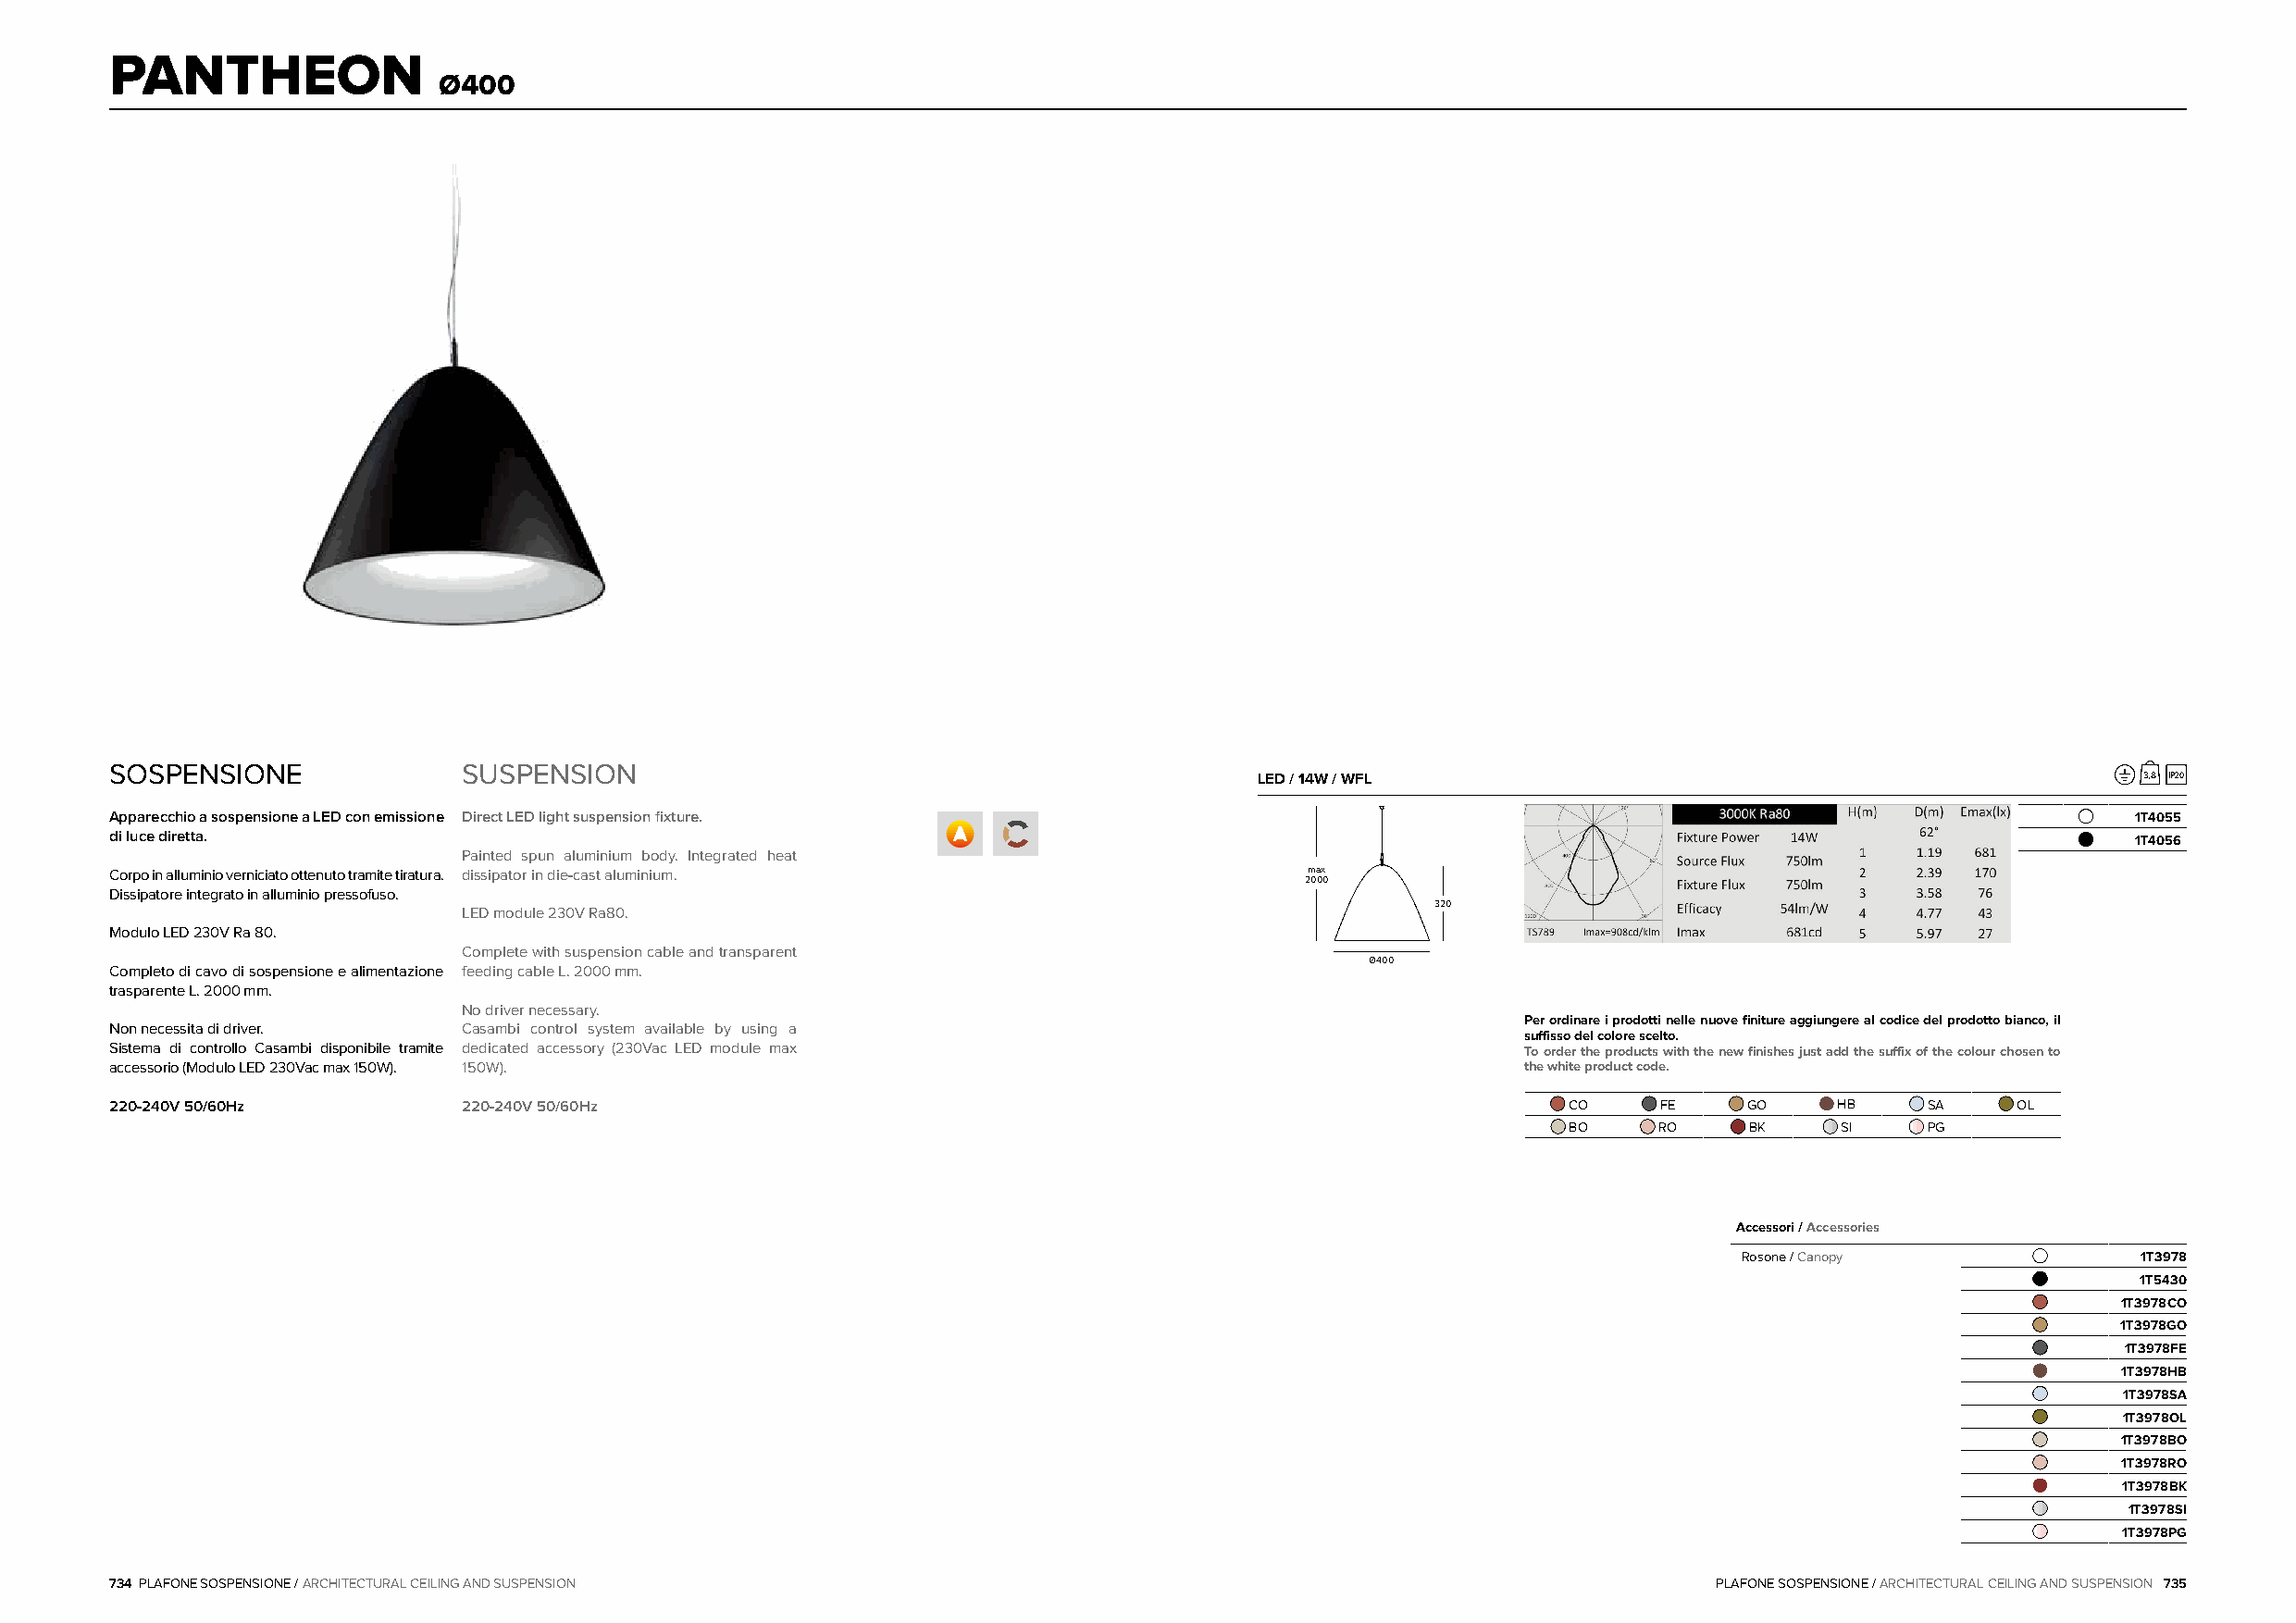
PANTHEON
 Ø400
 SOSPENSIONE              SUSPENSION
 LED / 14W / WFL                                                3,8 IP20
 Apparecchio a sospensione a LED con emissione Direct LED light suspension fixture.                                                               1T4055
 di luce diretta.                                                                                                                                 1T4056
 Painted spun aluminium body. Integrated heat
 Corpo in alluminio verniciato ottenuto tramite tiratura. dissipator in die-cast aluminium. max
 2000
 Dissipatore integrato in alluminio pressofuso.
 320
 LED module 230V Ra80.
 Modulo LED 230V Ra 80.
 Complete with suspension cable and transparent
 Ø400
 Completo di cavo di sospensione e alimentazione feeding cable L. 2000mm.
 trasparente L. 2000mm.
 No driver necessary.
 Per ordinare i prodotti nelle nuove finiture aggiungere al codice del prodotto bianco, il
 Non necessita di driver. Casambi control system available by using a
 suffisso del colore scelto.
 Sistema di controllo Casambi disponibile tramite dedicated accessory (230Vac LED module max          To order the products with the new finishes just add the suffix of the colour chosen to
 accessorio (Modulo LED 230Vac max 150W). 150W).                                                      the white product code.
 220-240V 50/60Hz         220-240V 50/60Hz                                                               CO     FE    GO    HB     SA    OL
 BO     RO    BK     SI    PG
 Accessori / Accessories
 Rosone / Canopy             1T3978
 1T5430
 1T3978CO
 1T3978GO
 1T3978FE
 1T3978HB
 1T3978SA
 1T3978OL
 1T3978BO
 1T3978RO
 1T3978BK
 1T3978SI
 1T3978PG
 734 PLAFONE SOSPENSIONE / ARCHITECTURAL CEILING AND SUSPENSION                                                     PLAFONE SOSPENSIONE / ARCHITECTURAL CEILING AND SUSPENSION 735